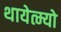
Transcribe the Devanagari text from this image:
थायेत्म्यो